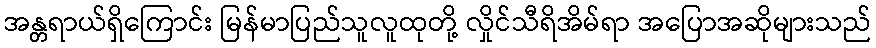
အန္တရာယ်ရှိကြောင်း မြန်မာပြည်သူလူထုတို့ လှိုင်သီရိအိမ်ရာ အပြောအဆိုများသည်